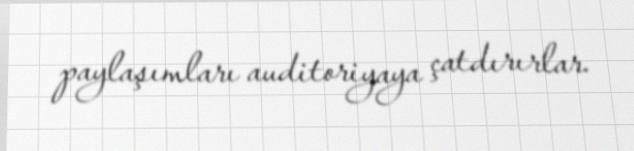
paylaşımları auditoriyaya çatdırırlar.